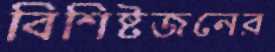
বিশিষ্টজনের